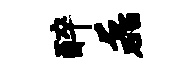
醉磊